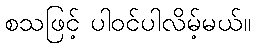
စသဖြင့် ပါဝင်ပါလိမ့်မယ်။